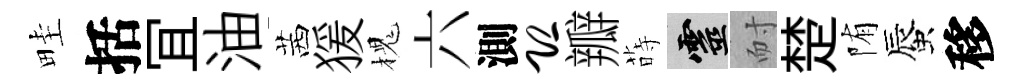
畦括冝油茜猨槐六測恐瓣蒔靈耐楚陏蜃移